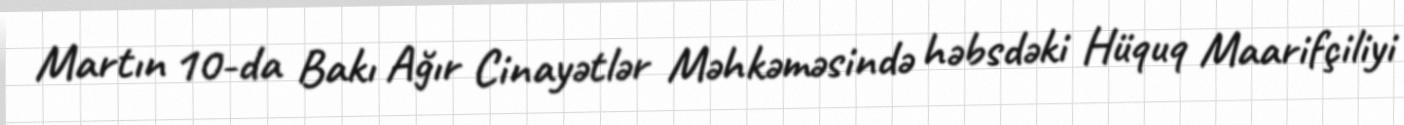
Martın 10-da Bakı Ağır Cinayətlər Məhkəməsində həbsdəki Hüquq Maarifçiliyi